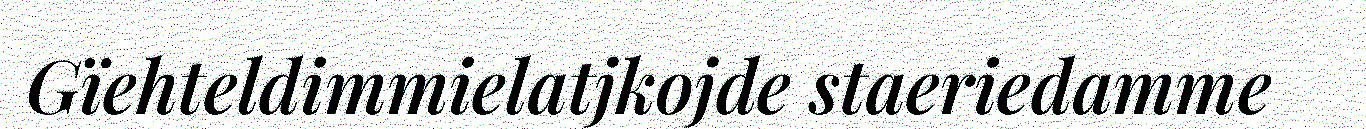
Gïehteldimmielatjkojde staeriedamme